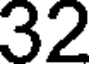
32